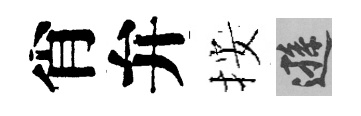
肖弁按遜